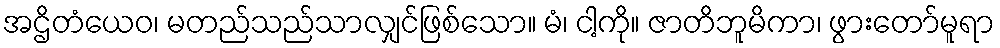
အဌိတံယေဝ၊ မတည်သည်သာလျှင်ဖြစ်သော။ မံ၊ ငါ့ကို။ ဇာတိဘူမိကာ၊ ဖွားတော်မူရာ